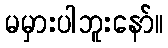
မမှားပါဘူးနော်။